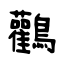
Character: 鸛